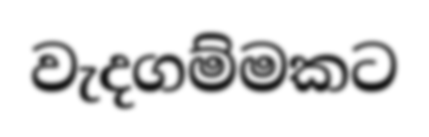
වැදගම්මකට